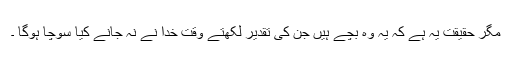
مگر حقیقت یہ ہے کہ یہ وہ بچے ہیں جن کی تقدیر لکھتے وقت خدا نے نہ جانے کیا سوچا ہوگا ۔